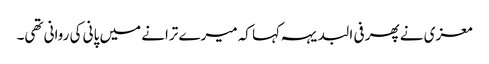
معزی نے پھر فی البدیہہ کہا کہ میرے ترانے میں پانی کی روانی تھی۔